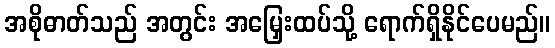
အစိုဓာတ်သည် အတွင်း အမြှေးထပ်သို့ ရောက်ရှိနိုင်ပေမည်။